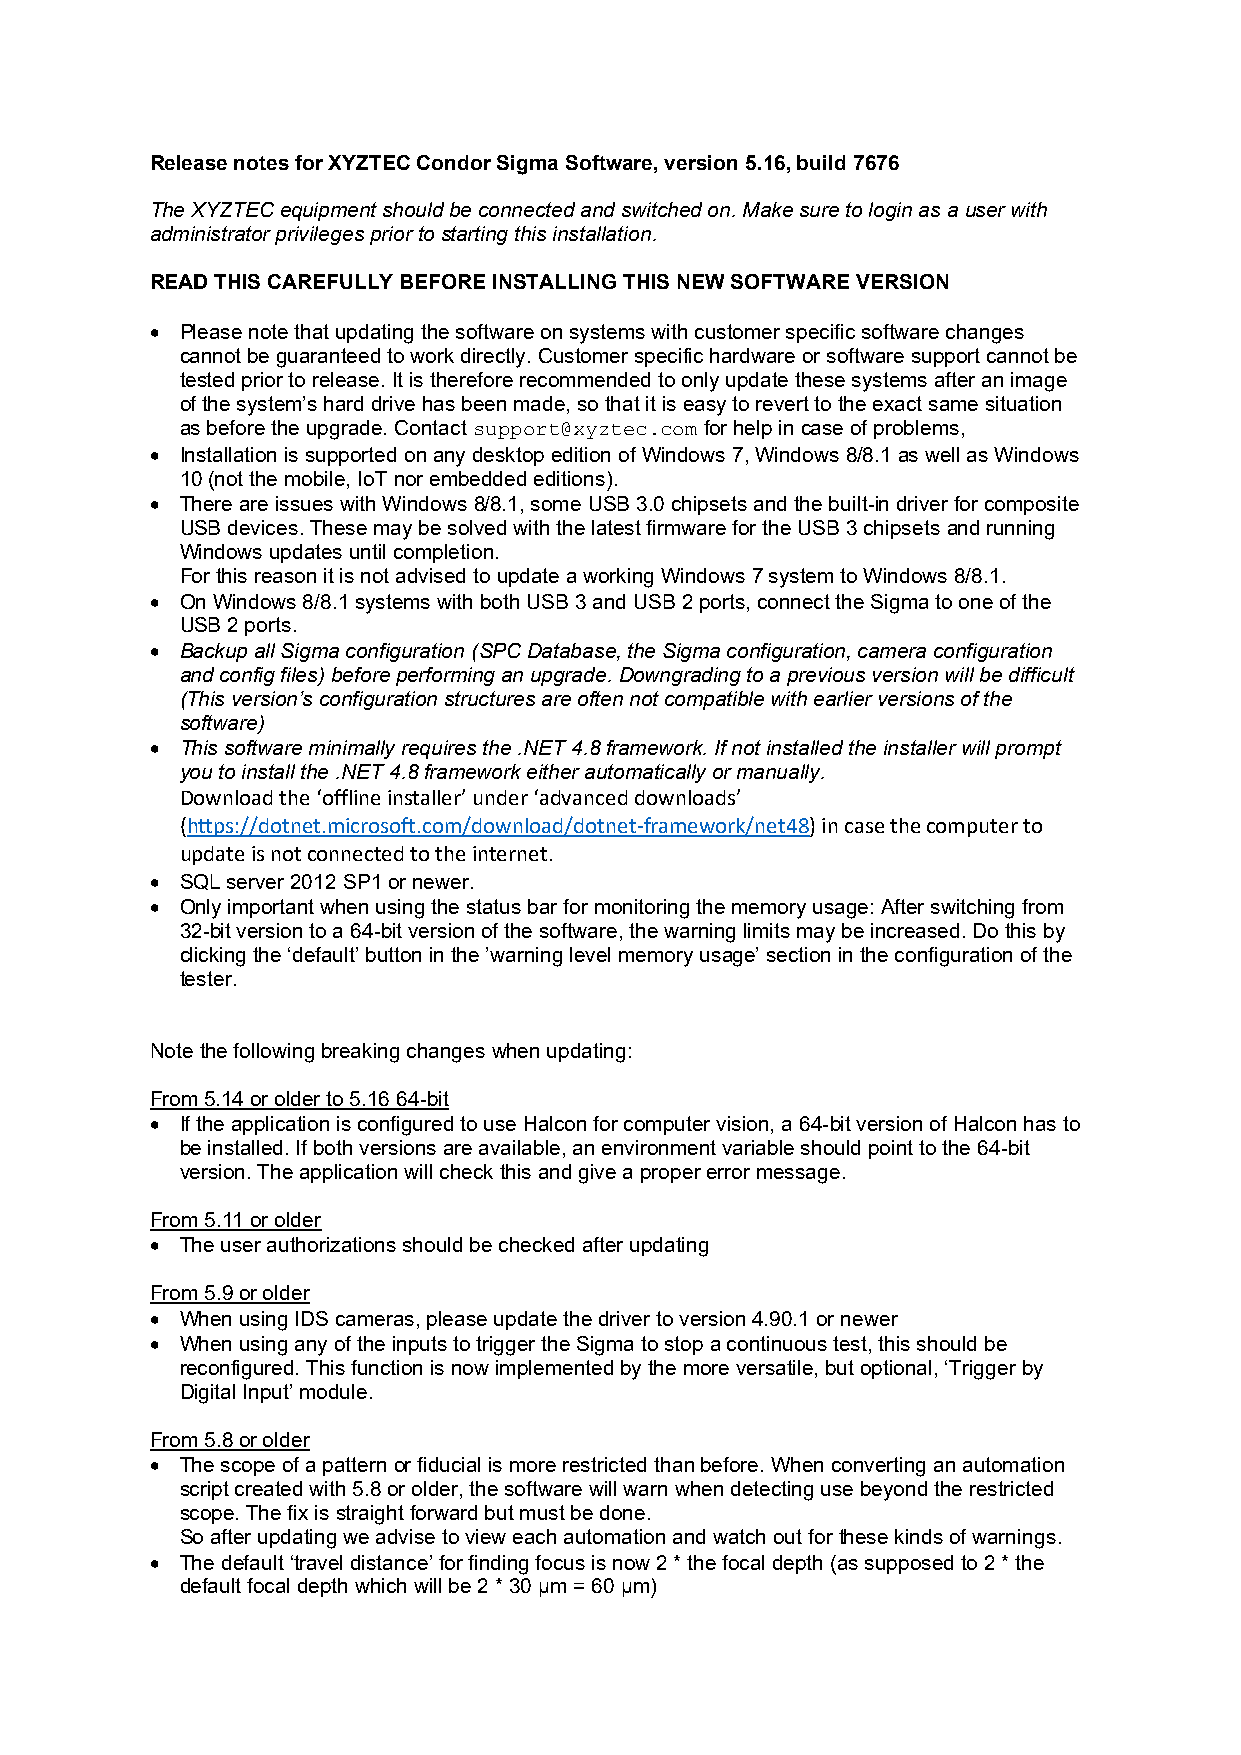
Release notes for XYZTEC Condor Sigma Software, version 5.16, build 7676
 The XYZTEC equipment should be connected and switched on. Make sure to login as a user with
 administrator privileges prior to starting this installation.
 READ THIS CAREFULLY BEFORE INSTALLING THIS NEW SOFTWARE VERSION
 • Please note that updating the software on systems with customer specific software changes
 cannot be guaranteed to work directly. Customer specific hardware or software support cannot be
 tested prior to release. It is therefore recommended to only update these systems after an image
 of the system’s hard drive has been made, so that it is easy to revert to the exact same situation
 as before the upgrade. Contact     for help in case of problems,
 support@xyztec.com
 • Installation is supported on any desktop edition of Windows 7, Windows 8/8.1 as well as Windows
 10 (not the mobile, IoT nor embedded editions).
 • There are issues with Windows 8/8.1, some USB 3.0 chipsets and the built-in driver for composite
 USB devices. These may be solved with the latest firmware for the USB 3 chipsets and running
 Windows updates until completion.
 For this reason it is not advised to update a working Windows 7 system to Windows 8/8.1.
 • On Windows 8/8.1 systems with both USB 3 and USB 2 ports, connect the Sigma to one of the
 USB 2 ports.
 • Backup all Sigma configuration (SPC Database, the Sigma configuration, camera configuration
 and config files) before performing an upgrade. Downgrading to a previous version will be difficult
 (This version’s configuration structures are often not compatible with earlier versions of the
 software)
 • This software minimally requires the .NET 4.8 framework. If not installed the installer will prompt
 you to install the .NET 4.8 framework either automatically or manually.
 Download the ‘offline installer’ under ‘advanced downloads’
 (https://dotnet.microsoft.com/download/dotnet-framework/net48) in case the computer to
 update is not connected to the internet.
 • SQL server 2012 SP1 or newer.
 • Only important when using the status bar for monitoring the memory usage: After switching from
 32-bit version to a 64-bit version of the software, the warning limits may be increased. Do this by
 clicking the ‘default’ button in the ’warning level memory usage’ section in the configuration of the
 tester.
 Note the following breaking changes when updating:
 From 5.14 or older to 5.16 64-bit
 • If the application is configured to use Halcon for computer vision, a 64-bit version of Halcon has to
 be installed. If both versions are available, an environment variable should point to the 64-bit
 version. The application will check this and give a proper error message.
 From 5.11 or older
 • The user authorizations should be checked after updating
 From 5.9 or older
 • When using IDS cameras, please update the driver to version 4.90.1 or newer
 • When using any of the inputs to trigger the Sigma to stop a continuous test, this should be
 reconfigured. This function is now implemented by the more versatile, but optional, ‘Trigger by
 Digital Input’ module.
 From 5.8 or older
 • The scope of a pattern or fiducial is more restricted than before. When converting an automation
 script created with 5.8 or older, the software will warn when detecting use beyond the restricted
 scope. The fix is straight forward but must be done.
 So after updating we advise to view each automation and watch out for these kinds of warnings.
 • The default ‘travel distance’ for finding focus is now 2 * the focal depth (as supposed to 2 * the
 default focal depth which will be 2 * 30 µm = 60 µm)